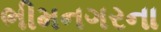
ભીમનગરના